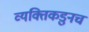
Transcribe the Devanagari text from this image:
व्यक्तिकडुनच